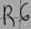
Text: R6